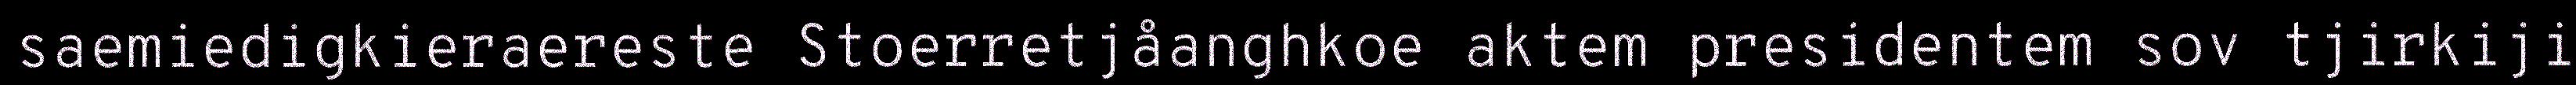
saemiedigkieraereste Stoerretjåanghkoe aktem presidentem sov tjirkiji